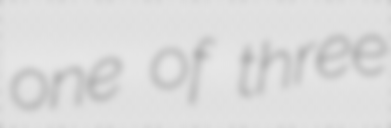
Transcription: one of three